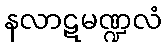
နလာဋမဏ္ဍလံ